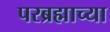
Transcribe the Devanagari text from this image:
परब्रह्माच्या